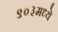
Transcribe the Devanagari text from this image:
९०३मध्ये